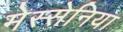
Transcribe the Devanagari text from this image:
मेस्सेनिया